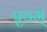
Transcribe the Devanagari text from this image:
पृथम्‌